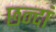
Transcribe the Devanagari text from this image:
छन्दां